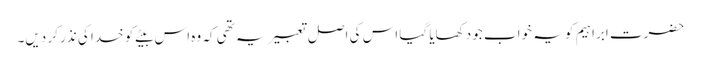
حضرت ابراہیم کو یہ خواب جو دکھایا گیا اس کی اصل تعبیر یہ تھی کہ وہ اس بیٹے کو خدا کی نذر کر دیں۔